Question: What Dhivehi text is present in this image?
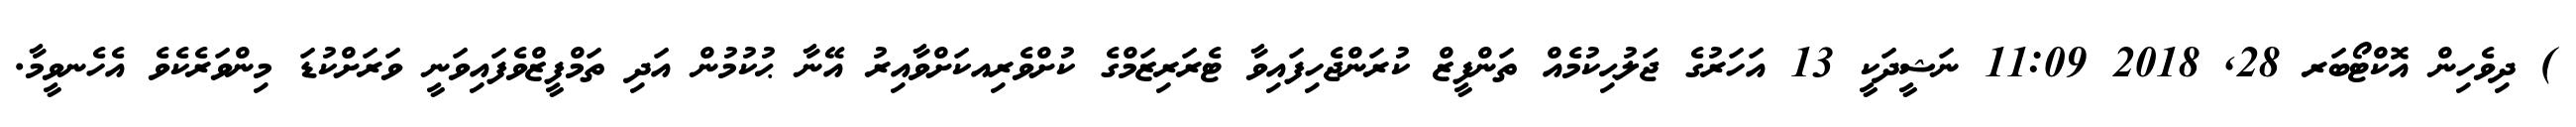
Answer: ) ދިވެހިން އޮކްޓޯބަރ 28, 2018 11:09 ނަޝީދަކީ 13 އަހަރުގެ ޖަލުޙިކުމެއް ތަންފީޒް ކުރަންޖެހިފައިވާ ޓެރަރިޒަމްގެ ކުށްވެރިއކަށްވާއިރު އޭނާ ޙުކުމުން އަދި ތަމްފީޒްވެފައިވަނީ ވަރަށްކުޑަ މިންވަރެކެވެ އެހެނވީމާ.